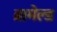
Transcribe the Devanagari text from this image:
ब्रामेल्ड